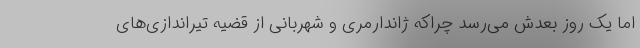
اما یک روز بعدش می‌رسد چراکه ژاندارمری و شهربانی از قضیه تیراندازی‌های